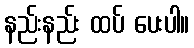
နည်းနည်း ထပ် ပေးပါ။